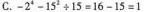
C.-2^{4}-15^{2}\div15=16-15=1